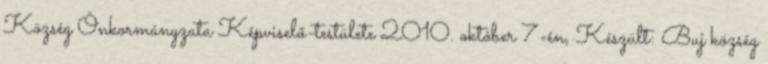
Község Önkormányzata Képviselő-testülete 2010. október 7-én, Készült: Buj község